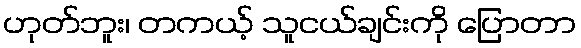
ဟုတ်ဘူး၊ တကယ့် သူငယ်ချင်းကို ပြောတာ